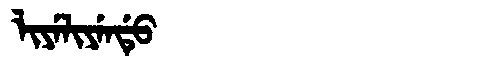
Manchu: ᠯᡳᠶᡝᠯᡳᠶᡝᠨᡩᡠ
Romanization: LIYELIYENDU